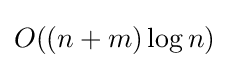
O((n+m)\log n)